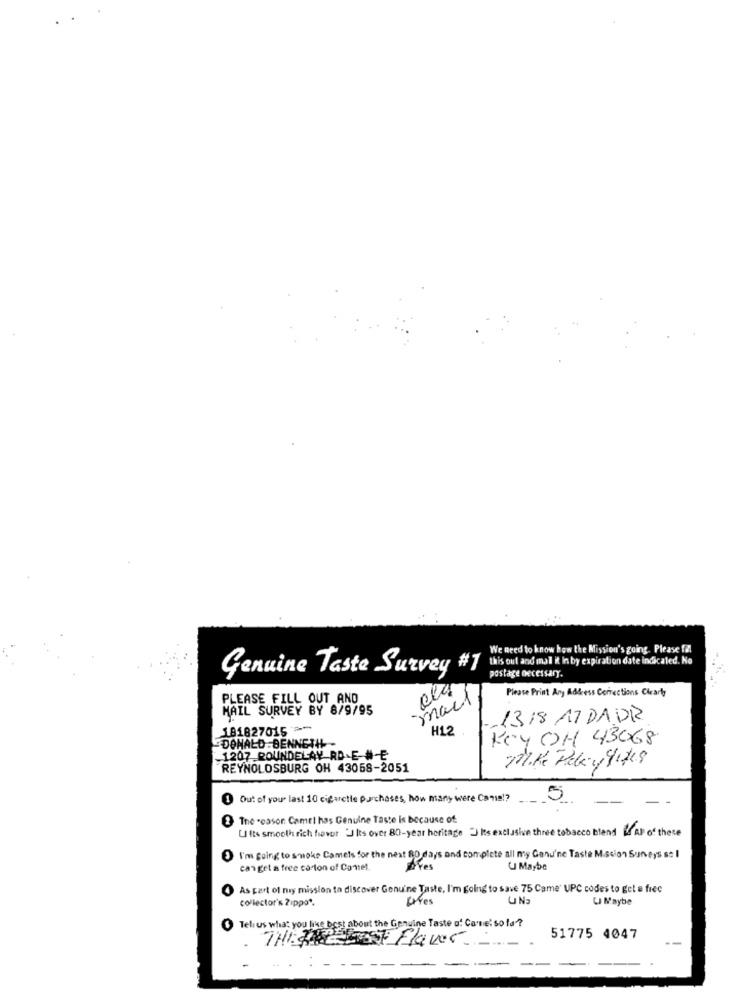
We need to know how the Mission's going. Please fill
this out and mal K In by expiration date indicated. No
Genuine Taste Survey #1
postage necessary.
Please Print Any Address Corrections Clearly
PLEASE FILL OUT AND
mars
MAIL SURVEY BY 8/9/95
1318 17 DA DR
181827015 --
H12
KEY OH 43068
DONALD BENNETHL-
1207 ROUNDELAY RD-E-#-E
REYNOLDSBURG OH 43068-2051
1 Out of your last 10 cigarette purchases, how many were Came !? ____
2 The reason Camel has Genuine Taste is because of:
Ults smooth rich favor "Jits over 80-year heritage ") Its exclusive three tobacco blend LfAl of these
I'm going to smoke Camels for the next 80 days and complete all my Cenu'ne Taste M.scion Suneys so I
can get a free carton of Comet.
U Maybe
As part of my mission to discover Genuine Taste, I'm going to save 75 Came' UPC codes to get a free
collector's ?ippo".
Lifes
UN2
U Maybe
Tell us what you like best about the Genuine Taste of Care: so fa?
THEIR Best Flower
51775 4047